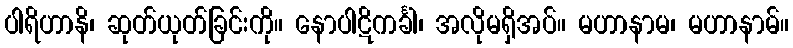
ပါရိဟာနိ၊ ဆုတ်ယုတ်ခြင်းကို။ နောပါဋိကင်္ခါ၊ အလိုမရှိအပ်။ မဟာနာမ၊ မဟာနာမ်။